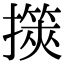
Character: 擌